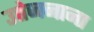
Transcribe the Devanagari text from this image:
उत्तेजनाना